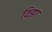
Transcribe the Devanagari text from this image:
विझा